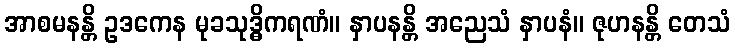
အာစမနန္တိ ဥဒကေန မုခသုဒ္ဓိကရဏံ။ နှာပနန္တိ အညေသံ နှာပနံ။ ဇုဟနန္တိ တေသံ